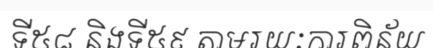
ទី៥៨ និងទី៥៩ តាមរយៈការពិន័យ